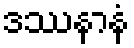
ဒဿနာနံ